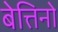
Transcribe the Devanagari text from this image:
बेत्तिनो